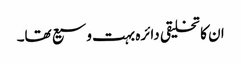
ان کا تخلیقی دائرہ بہت وسیع تھا۔